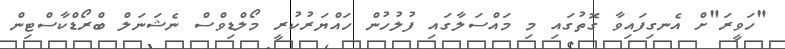
"ހަވީރަ"ށް އެނގިފައިވާ ގޮތުގައި މި މައްސަަލާގައި ފުލުހުން ހައްޔަރުުކުރީ މޯލްޑިވްސް ނެޝަނަލް ބްރޯޑްކާސްޓިން